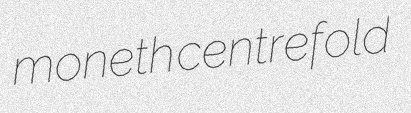
moneth centrefold